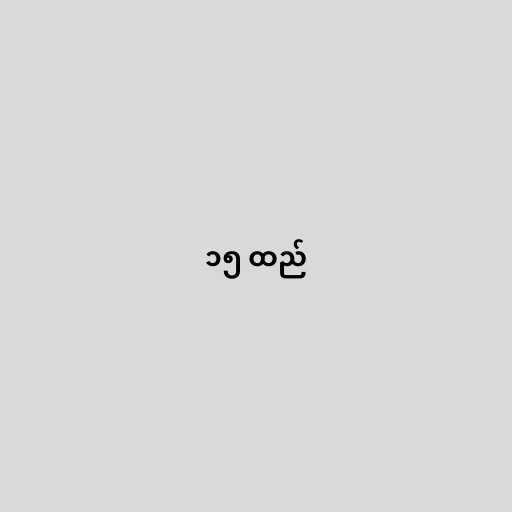
၁၅ ထည်